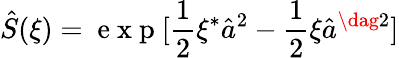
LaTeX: \hat{S}(\xi)=\mathrm{~e~x~p~}[\frac{1}{2}\xi^{\ast}\hat{a}^{2}-\frac{1}{2}\xi\hat{a}^{\dag 2}]